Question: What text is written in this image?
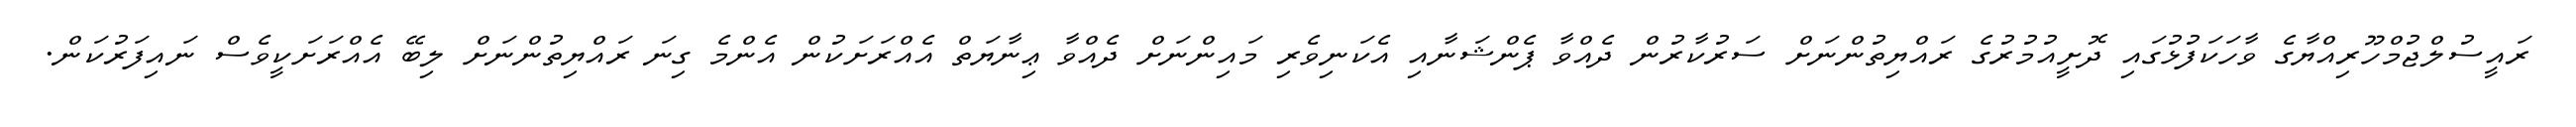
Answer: ރައީސުލްޖުމްހޫރިއްޔާގެ ވާހަކަފުޅުގައި ދޮށީއުމުރުގެ ރައްޔިތުންނަށް ސަރުކާރުން ދެއްވާ ޕެންޝަނާއި އެކަނިވެރި މައިންނަށް ދެއްވާ ޢިނާޔަތް އެއްރަށަކުން އެންމެ ގިނަ ރައްޔިތުންނަށް ލިބޭ އެއްރަށަކީވެސް ނައިފަރުކަން.